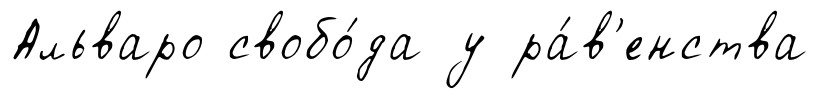
Альваро свобо́да у ра́в'енства